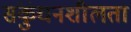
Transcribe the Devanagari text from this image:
संकुंचनशीलता